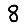
Digit: 8